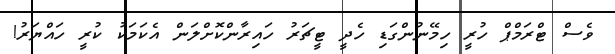
ވެސް ޓްރަމްޕް ހުރީ ހިމޭނުންގަޑި ހެދީ ޓީޗަރު ހައިރާންކޮށްލަން އެކަމަކު ކުރީ ހައްޔަރު!